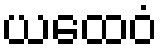
ယထေဝံ